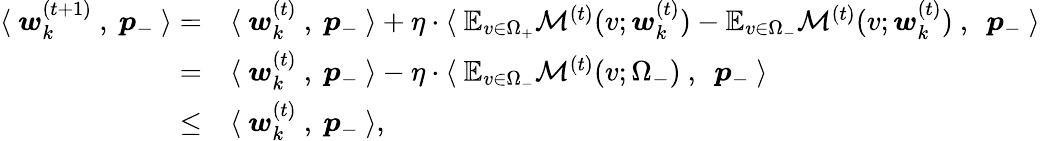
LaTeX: \begin{array}{rl}{\langle~{\boldsymbol w}_{k}^{(t+1)}~,~{\boldsymbol p}_{-}~\rangle=}&{\langle~{\boldsymbol w}_{k}^{(t)}~,~{\boldsymbol p}_{-}~\rangle+\eta\cdot\langle~\mathbb{E}_{v\in\Omega_{+}}\mathcal{M}^{(t)}(v;{\boldsymbol w}_{k}^{(t)})-\mathbb{E}_{v\in\Omega_{-}}\mathcal{M}^{(t)}(v;{\boldsymbol w}_{k}^{(t)})~,~~{\boldsymbol p}_{-}~\rangle}\\ {=}&{\langle~{\boldsymbol w}_{k}^{(t)}~,~{\boldsymbol p}_{-}~\rangle-\eta\cdot\langle~\mathbb{E}_{v\in\Omega_{-}}\mathcal{M}^{(t)}(v;\Omega_{-})~,~~{\boldsymbol p}_{-}~\rangle}\\ {\le}&{\langle~{\boldsymbol w}_{k}^{(t)}~,~{\boldsymbol p}_{-}~\rangle,}\end{array}